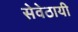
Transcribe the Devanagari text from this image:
सेवेठायी